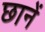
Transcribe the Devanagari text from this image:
छानें